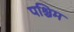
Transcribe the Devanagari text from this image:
पश्चिम